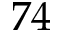
^ Ḋ 7 4 Ḍ